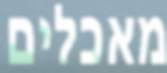
מאכלים